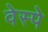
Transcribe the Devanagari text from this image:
वेस्पे